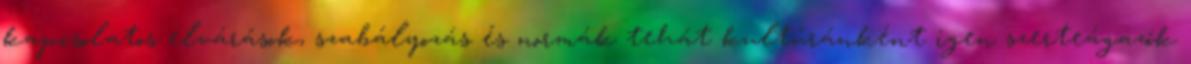
kapcsolatos elvárások, szabályozás és normák tehát kultúránként igen szerteágazók